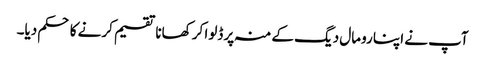
آپ نے اپنا رومال دیگ کے منہ پر ڈلوا کر کھانا تقسیم کرنے کا حکم دیا۔